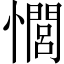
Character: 𢣻